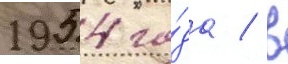
1954 го́да / в